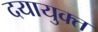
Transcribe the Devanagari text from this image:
दयायुक्त